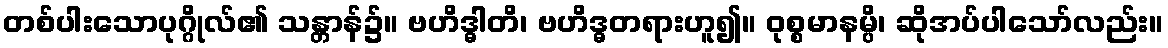
တစ်ပါးသောပုဂ္ဂိုလ်၏ သန္တာန်၌။ ဗဟိဒ္ဓါတိ၊ ဗဟိဒ္ဓတရားဟူ၍။ ဝုစ္စမာနမ္ပိ၊ ဆိုအပ်ပါသော်လည်း။